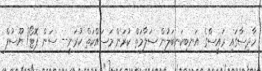
ހާދިސާގައި ރައީސްގެ އަނބިކަނބަލުން ސަލާމަތް ކުރަން މަސައްކަތް ކުރަނީ-- ސަން ފޮޓޯ/ ޔޫސުފް